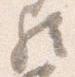
歟